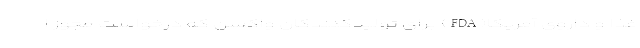
غذا و داروی آمریکا(FDA) برای تولیدکنندگان واکسن که درخواست مجوز ا